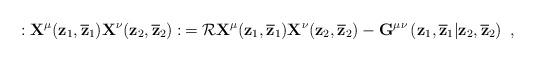
LaTeX: \begin{align*}:{\bf X}^{\mu}({\bf z}_{1},\overline{\bf z}_{1}) {\bf X}^{\nu}({\bf z}_{2},\overline{\bf z}_{2}):\, ={\cal R}{\bf X}^{\mu}({\bf z}_{1},\overline{\bf z}_{1}) {\bf X}^{\nu}({\bf z}_{2},\overline{\bf z}_{2}) {}-{\bf G}^{\mu\nu}\left({\bf z}_{1},\overline{\bf z}_{1} |{\bf z}_{2},\overline{\bf z}_{2}\right)~,\end{align*}